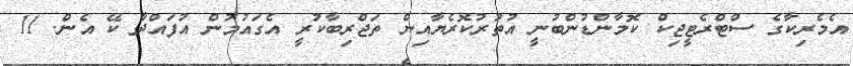
އެމެރިކާގެ ސްޓްރެޓީޖިކް ކޮމާންޑުންބުނީ އުތުރުކޮރެޔާއިން ތަޖްރިބާކުރީ އެގައުމުން އުފައްދާ ކޭ އެން. 11